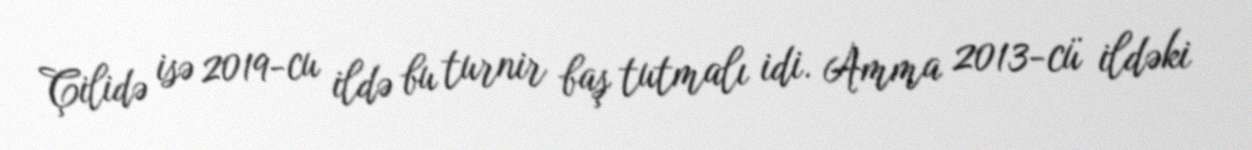
Çilidə isə 2019-cu ildə bu turnir baş tutmalı idi. Amma 2013-cü ildəki